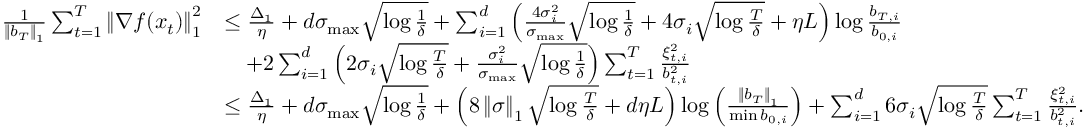
\begin{array} { r l } { \frac { 1 } { \left\Vert b _ { T } \right\Vert _ { 1 } } \sum _ { t = 1 } ^ { T } \left\Vert \nabla f ( x _ { t } ) \right\Vert _ { 1 } ^ { 2 } } & { \leq \frac { \Delta _ { 1 } } { \eta } + d \sigma _ { \operatorname* { m a x } } \sqrt { \log \frac { 1 } { \delta } } + \sum _ { i = 1 } ^ { d } \left( \frac { 4 \sigma _ { i } ^ { 2 } } { \sigma _ { \operatorname* { m a x } } } \sqrt { \log \frac { 1 } { \delta } } + 4 \sigma _ { i } \sqrt { \log \frac { T } { \delta } } + \eta L \right) \log \frac { b _ { T , i } } { b _ { 0 , i } } } \\ & { \quad + 2 \sum _ { i = 1 } ^ { d } \left( 2 \sigma _ { i } \sqrt { \log \frac { T } { \delta } } + \frac { \sigma _ { i } ^ { 2 } } { \sigma _ { \operatorname* { m a x } } } \sqrt { \log \frac { 1 } { \delta } } \right) \sum _ { t = 1 } ^ { T } \frac { \xi _ { t , i } ^ { 2 } } { b _ { t , i } ^ { 2 } } } \\ & { \leq \frac { \Delta _ { 1 } } { \eta } + d \sigma _ { \operatorname* { m a x } } \sqrt { \log \frac { 1 } { \delta } } + \left( 8 \left\Vert \sigma \right\Vert _ { 1 } \sqrt { \log \frac { T } { \delta } } + d \eta L \right) \log \left( \frac { \left\Vert b _ { T } \right\Vert _ { 1 } } { \operatorname* { m i n } b _ { 0 , i } } \right) + \sum _ { i = 1 } ^ { d } 6 \sigma _ { i } \sqrt { \log \frac { T } { \delta } } \sum _ { t = 1 } ^ { T } \frac { \xi _ { t , i } ^ { 2 } } { b _ { t , i } ^ { 2 } } . } \end{array}